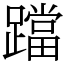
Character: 𨆉